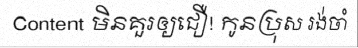
Content មិនគួរឲ្យជឿ! កូនប្រុស រង់ចាំ